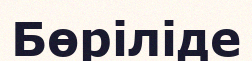
Бөріліде